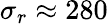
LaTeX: \sigma_{r}\approx 280